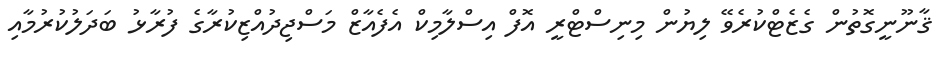
ޤާނޫނީގޮތުން ގެޒެޓްކުރެވޭ ލިޔުން މިނިސްޓްރީ އޮފް އިސްލާމިކް އެފެއާޒް މަސްޖިދުއްޒިކުރާގެ ފުރާޅު ބަދަލުކުރުމާއި